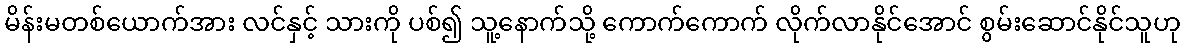
မိန်းမတစ်ယောက်အား လင်နှင့် သားကို ပစ်၍ သူ့နောက်သို့ ကောက်ကောက် လိုက်လာနိုင်အောင် စွမ်းဆောင်နိုင်သူဟု